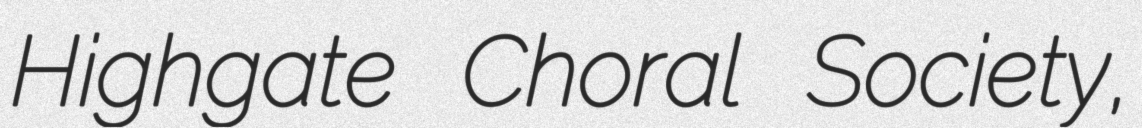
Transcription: Highgate Choral Society,